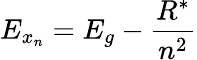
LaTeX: E_{x_{n}}=E_{g}-\frac{R^{*}}{n^{2}}